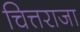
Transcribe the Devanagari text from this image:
चित्तराजा